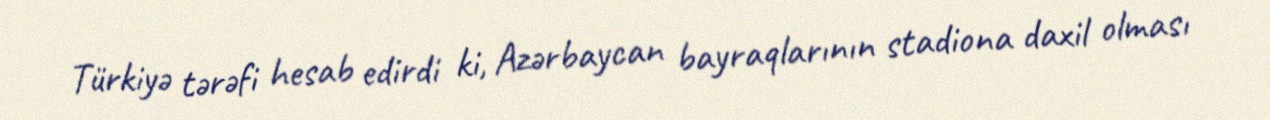
Türkiyə tərəfi hesab edirdi ki, Azərbaycan bayraqlarının stadiona daxil olması